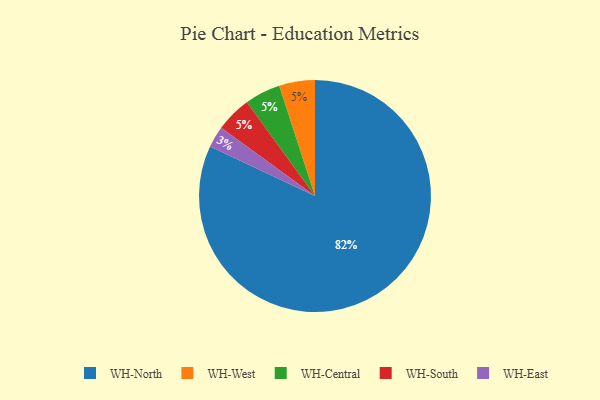
{"axis": {"x": "Category", "y": "Percentage"}, "legend": ["WH-Central", "WH-East", "WH-North", "WH-South", "WH-West"], "data": [{"x": "WH-West", "y": 5, "type": "WH-West"}, {"x": "WH-North", "y": 82, "type": "WH-North"}, {"x": "WH-Central", "y": 5, "type": "WH-Central"}, {"x": "WH-East", "y": 3, "type": "WH-East"}, {"x": "WH-South", "y": 5, "type": "WH-South"}]}